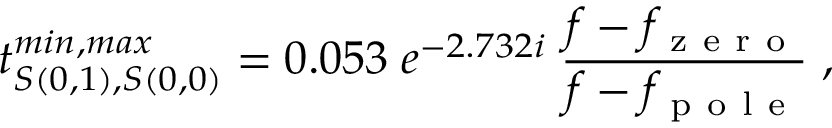
t _ { S ( 0 , 1 ) , S ( 0 , 0 ) } ^ { m i n , m a x } = 0 . 0 5 3 \; e ^ { - 2 . 7 3 2 i } \; \frac { f - f _ { \mathrm { ~ z ~ e ~ r ~ o ~ } } } { f - f _ { \mathrm { ~ p ~ o ~ l ~ e ~ } } } \; ,